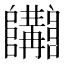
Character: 𨽩